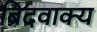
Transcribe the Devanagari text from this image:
ब्रिदवाक्य